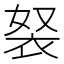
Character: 𧘽